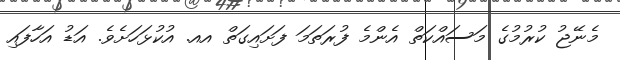
މެނޭޖު ކުރުމުގެ މަސައްކަތް އެންމެ ފުރަތަމަ ފަށައިގަތް އއ. އުކުޅަހަށެވެ. އަޑު އަހާފައި